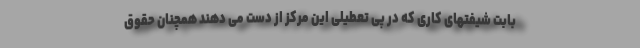
بابت شیفتهای کاری که در پی تعطیلی این مرکز از دست می دهند همچنان حقوق